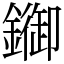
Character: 䥏